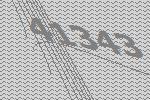
41343